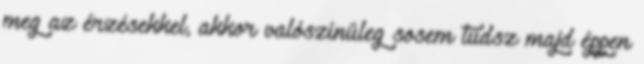
meg az érzésekkel, akkor valószínűleg sosem tudsz majd éppen